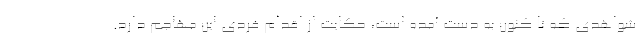
شواهدی که تا کنون به دست آمده است، حکایت از اقدام فردی این مهاجم دارد.